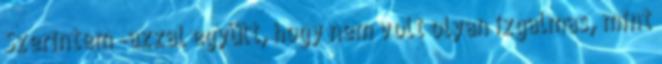
Szerintem -azzal együtt, hogy nem volt olyan izgalmas, mint